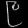
Digit: ၉